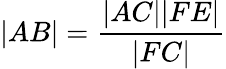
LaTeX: |AB|={\frac{|AC||FE|}{|FC|}}